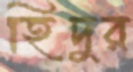
হিদুর